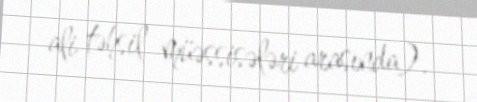
ali təhsil müəssisələri arasında).